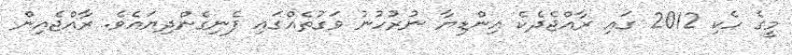
މީގެ ހެކި 2012 ގައި ރާއްޖެދެކެ އިންޑިޔާ ނުރުހުނު ވަގުތެއްގައި ފެނިގެންދިޔައެވެ. ރާއްޖެއިން